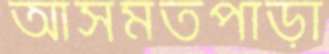
আসমতপাড়া